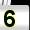
Digit: 5